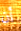
أن